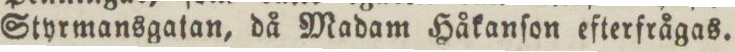
Styrmansgatan, då Madam Håkanſon efterfrågas.